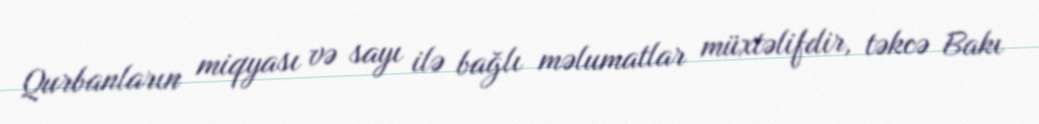
Qurbanların miqyası və sayı ilə bağlı məlumatlar müxtəlifdir, təkcə Bakı